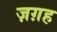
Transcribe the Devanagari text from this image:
ज़ग़ह